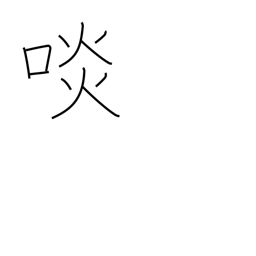
Meaning: eat